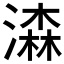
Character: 潹